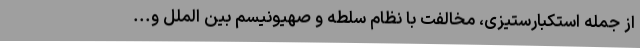
از جمله استکبارستیزی، مخالفت با نظام سلطه و صهیونیسم بین الملل و...